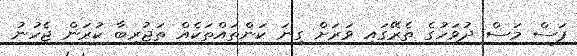
ފަސް މަސް ދުވަހުގެ ތެރޭގައި ވަރަށް ގިނަ ކަންތައްތަކެއް ތަޖުރިބާ ކުރަން ޖެހުނު